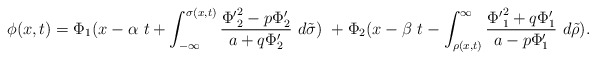
\begin{align*}\phi(x,t) = \Phi_1 (x - \alpha \ t + \int_{-\infty}^{\sigma (x,t)} \frac{{\Phi'}_2^2 - p \Phi'_2}{a + q \Phi'_2} \ d \tilde \sigma) \ + \Phi_2 (x - \beta \ t - \int_{\rho (x,t)}^{\infty} \frac{{\Phi'}_1^2 + q \Phi'_1}{a - p \Phi'_1} \ d \tilde \rho).\end{align*}